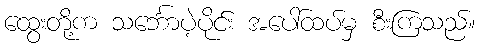
ထွေးတို့က သင်္ဘောပဲ့ပိုင်း အပေါ်ထပ်မှ စီးကြသည်။